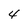
Character: 4